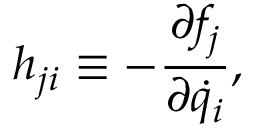
h _ { j i } \equiv - \frac { \partial f _ { j } } { \partial \dot { q } _ { i } } ,